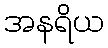
အနရိယ